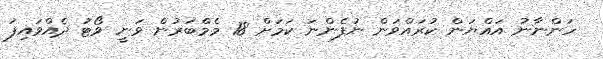
ހަންނާނު އައްޔަން ކުރައްވަން ނުފެންނަ ކަމަށް 18 މެމްބަރުން ވަނީ ވޯޓު ދެއްވައިފަ